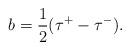
LaTeX: \begin{align*}b=\frac 12(\tau ^{+}-\tau ^{-}). \end{align*}